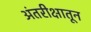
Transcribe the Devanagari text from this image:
अंतरीक्षातून